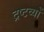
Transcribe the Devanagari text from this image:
द्रष्टव्यों